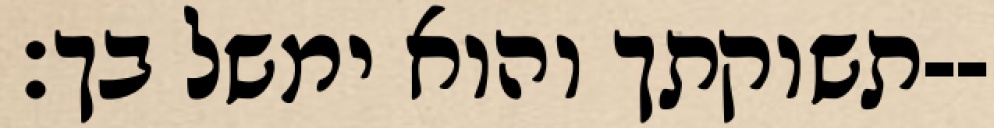
תשוקתך והוא ימשל בך׃--